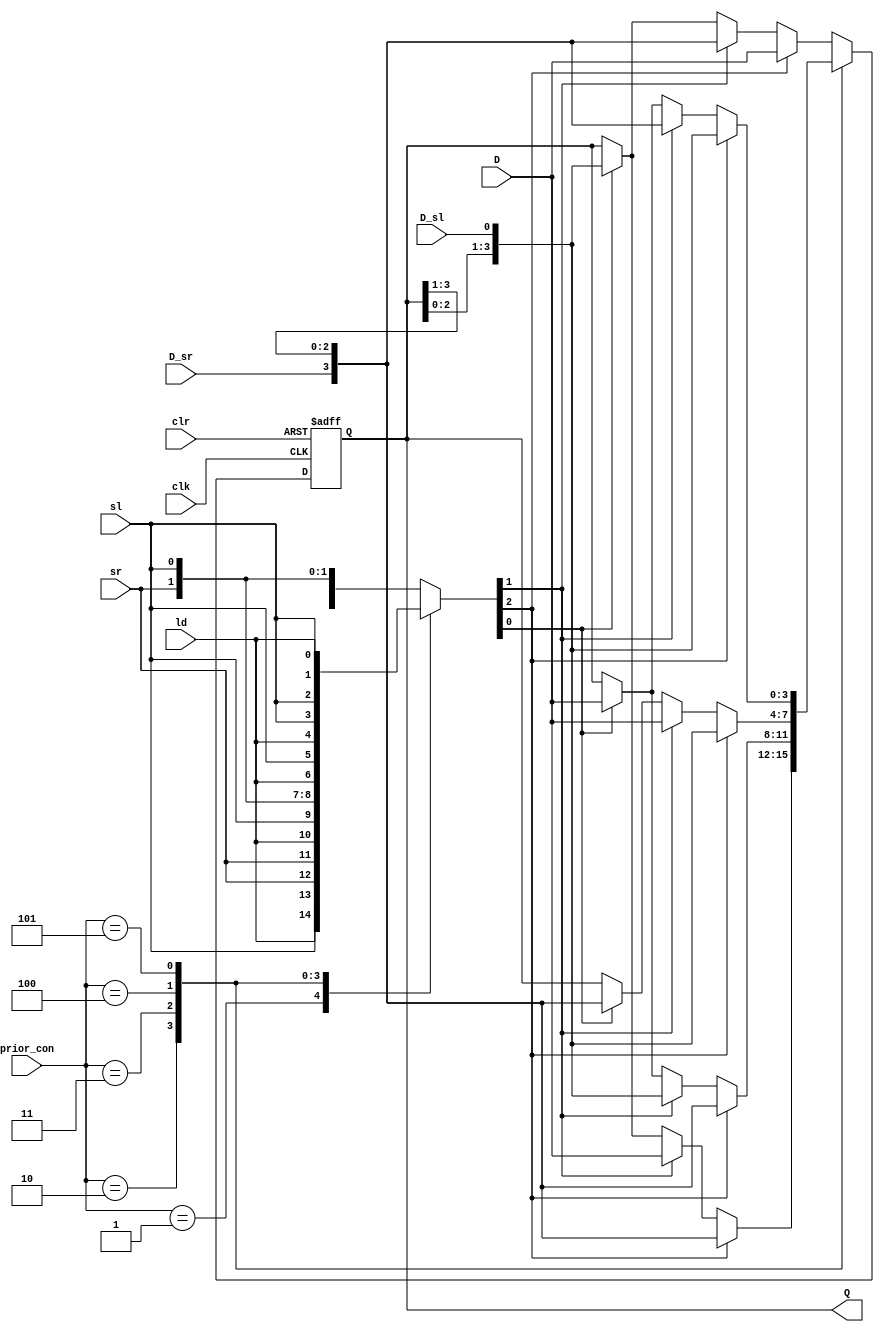
module shifter #(
    parameter WIDTH = 4 
) (
    input                       clk         ,
    input                       clr         ,//asynchronous low active reset
    input [ WIDTH - 1 : 0 ]     D           ,
    input                       D_sr        ,
    input                       D_sl        ,
    input                       ld          ,
    input                       sr          ,
    input                       sl          ,
    input [ 2 : 0 ]             prior_con   , //priority control signal
    output reg [WIDTH - 1 : 0]  Q           
);
/* Priority control truth table
prior_con   |  high |  medium   | low
3'b000      |  ld   |   sr      | sl
3'b001      |  ld   |   sl      | sr
3'b010      |  sr   |   ld      | sl
3'b011      |  sr   |   sl      | ld
3'b100      |  sl   |   ld      | sl
3'b101      |  sl   |   sl      | ld
*/
/* Another priority control truth table (2 is the highest priority)
prior_con   |  ld   |   sr      | sl
000         |  2    |   1       | 0 
001         |  2    |   0       | 1 
010         |  1    |   2       | 0 
011         |  0    |   2       | 1 
100         |  1    |   0       | 2 
101         |  0    |   1       | 2 
*/

    reg [2:0] control ; //The high level has a high priority
    always @(*) begin
        case(prior_con)
            3'b000 : control = { ld , sr , sl } ;
            3'b001 : control = { ld , sl , sr } ;
            3'b010 : control = { sr , ld , sl } ;
            3'b011 : control = { sr , sl , ld } ;
            3'b100 : control = { sl , ld , sl } ;
            3'b101 : control = { sl , sl , ld } ;
            default: control = { ld , sr , sl } ;
        endcase
    end
    always @(posedge clk or negedge clr) begin
        if(~clr) begin
            Q <=   0 ;
        end
        else case(prior_con)
            3'b000 :case (1'b1)
                        control[ 2 ] : Q <=   D                         ;
                        control[ 1 ] : Q <= { D_sr, Q[WIDTH -1 :1] }    ;
                        control[ 0 ] : Q <= { Q[WIDTH -2 :0],D_sl  }    ;
                        default      : Q <=   Q                         ;
                    endcase 
            3'b001 :case (1'b1)
                        control[ 2 ] : Q <=   D                         ;                        
                        control[ 1 ] : Q <= { D_sr, Q[WIDTH -1 :1] }    ;
                        control[ 0 ] : Q <= { Q[WIDTH -2 :0],D_sl  }    ;
                        default      : Q <=   Q                         ;
                    endcase  
            3'b010 :case (1'b1)                       
                        control[ 2 ] : Q <= { D_sr, Q[WIDTH -1 :1] }    ;
                        control[ 1 ] : Q <=   D                         ;
                        control[ 0 ] : Q <= { Q[WIDTH -2 :0],D_sl  }    ;
                        default      : Q <=   Q                         ;
                    endcase 
            3'b011 :case (1'b1)                        
                        control[ 2 ] : Q <= { D_sr, Q[WIDTH -1:1] }     ;
                        control[ 1 ] : Q <= { Q[WIDTH -2 :0],D_sl }     ;
                        control[ 0 ] : Q <=   D                         ;
                        default      : Q <=   Q                         ;
                    endcase 
            3'b100 :case (1'b1)
                        control[ 2 ] : Q <= { Q[WIDTH -2 :0],D_sl }     ;
                        control[ 1 ] : Q <=   D                         ;
                        control[ 0 ] : Q <= { D_sr, Q[WIDTH -1:1] }     ;                        
                        default      : Q <=   Q                         ;
                    endcase 
            3'b101 :case (1'b1)
                        control[ 2 ] : Q <= { Q[WIDTH -2 :0],D_sl }    ;
                        control[ 1 ] : Q <= { D_sr, Q[WIDTH -1 :1] }    ;
                        control[ 0 ] : Q <=   D                         ;
                        default      : Q <=   Q                         ;
                    endcase 
            default:case (1'b1)
                        control[ 2 ] : Q <=   D                         ;
                        control[ 1 ] : Q <= { D_sr, Q[WIDTH -1 :1] }    ;
                        control[ 0 ] : Q <= { Q[WIDTH -2 :0],D_sl }    ;
                        default      : Q <=   Q                         ;
                    endcase 
        endcase
    end        
endmodule